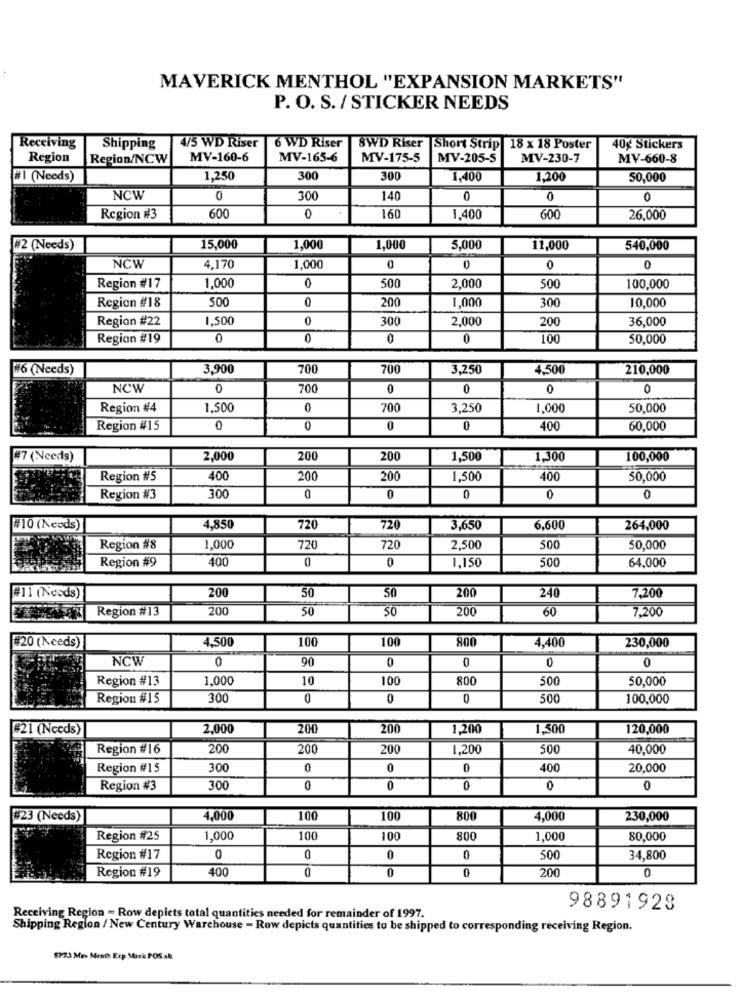
MAVERICK MENTHOL "EXPANSION MARKETS"
P. O. S. / STICKER NEEDS
Receiving
Shipping
4/5 WD Riser
6 WD Riser
8WD Riser Short Strip 18 x 18 Poster
40g Stickers
Region
Region/NCW
MV-160-6
MV-165-6
MV-175-5
MV-205-5
MV-230-7
MV-660-8
WI (Needs)
1,250
300
300
1,400
1,200
50,000
NCW
0
300
140
0
0
0
Region #3
600
0
160
1,400
600
26,000
#2 (Needs)
15,000
1,000
1,000
5,000
11,000
540,000
NCW
4,170
1,000
0
0
0
0
0
Region #17
1,000
500
2,000
500
100,000
Region #18
500
200
1,000
300
10,000
Region #22
1,500
0
300
2,000
200
36,000
001
Region #19
0
0
0
50,000
#6 (Needs)
3,900
700
700
3,250
4,500
210,000
NCW
0
700
0
0
0
0
Region #4
1,500
700
3,250
1,000
50,000
Region #15
0
0
0
0
400
60,000
#7 (Needs)
2,000
200
200
1,500
1,300
100,000
Region #5
400
200
200
1,500
400
50,000
Region #3
300
0
0
0
0
#10 (Needs)
4,850
720
720
3,650
6,600
264,000
Region #8
1,000
720
720
2,500
500
50,000
Region #9
400
500
64,000
0
0
1,150
200
50
200
240
7,200
#11 (Needs)
50
Region #13
200
50
50
200
60
7,200
#20 (Needs)
4,500
100
100
800
230,000
4,400
NCW
0
90
0
0
0
Region #13
1,000
10
100
800
500
50,000
Region #15
300
0
0
0
500
100,000
#21 (Nccds)
2,000
200
200
1,200
1,500
120,000
Region #16
200
200
200
1,200
500
40,000
Region #15
30
0
0
0
400
20,000
Region #3
300
0
0
0
0
0
#23 (Needs)
4,000
100
100
800
4,000
230,000
Region #25
1,000
100
100
800
1,000
80,000
Region #17
0
0
0
0
500
34,800
Region #19
400
0
0
200
0
0
98891928
Receiving Region - Row depicts total quantities needed for remainder of 1997.
Shipping Region / New Century Warehouse - Row depicts quantities to be shipped to corresponding receiving Region.
5723 Mav Menth Esp Mark POS al